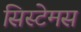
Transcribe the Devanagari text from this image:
सिस्टेमस